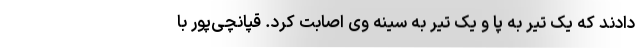
دادند که یک تیر به پا و یک تیر به سینه وی اصابت کرد. قپانچی‌پور با